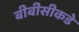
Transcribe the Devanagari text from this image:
बीबीसीकडे